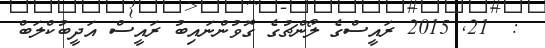
:  21